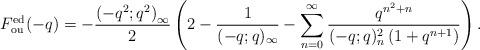
LaTeX: \begin{align*}F^{\rm ed}_{\rm ou}(-q)&=-\frac{\left(-q^2;q^2\right)_\infty}{2}\left(2- \frac{1}{(-q;q)_\infty}-\sum_{n=0}^\infty \frac{q^{n^2+n}}{(-q;q)_n^2\left(1+q^{n+1}\right)}\right).\end{align*}